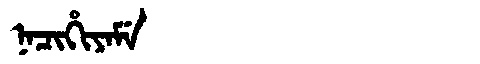
Manchu: ᠨᠠᠴᡳᡥᡳᠶᠠᠮᡝ
Romanization: NACIHIYAME